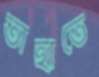
তাহাতে